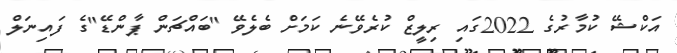
އަކްޝޭ ކުމާރުގެ 2022ގައި ރިލީޒް ކުރެވޭނެ ކަމަށް ބެލެވޭ "ބައްޗަން ޕާންޑޭ"ގެ ފައިނަލް